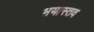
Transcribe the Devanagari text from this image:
भयास्तव